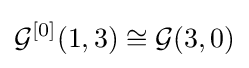
{\mathcal {G}}^{[0]}(1,3)\cong {\mathcal {G}}(3,0)